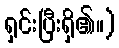
ရှင်းပြီးရှိ၏။)